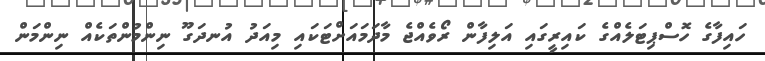
ހައިފާގެ ހޮސްޕިޓަލެއްގެ ކައިރީގައި އަލިފާން ރޯވެއްޖެ މާދަމައަށްޓަކައި މިއަދު އުނދަގޫ ނިންމުންތަކެއް ނިންމަން